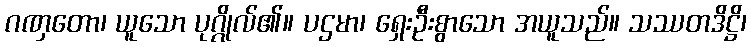
ဂဏှတော၊ ယူသော ပုဂ္ဂိုလ်၏။ ပဌမာ၊ ရှေးဦးစွာသော အယူသည်။ သဿတဒိဋ္ဌိ၊